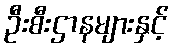
ဦးစီးဌာနများနှင့်